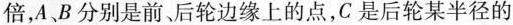
倍，A、B分别是前、后轮边缘上的点，C是后轮某半径的